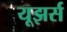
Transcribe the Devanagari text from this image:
यूझर्स